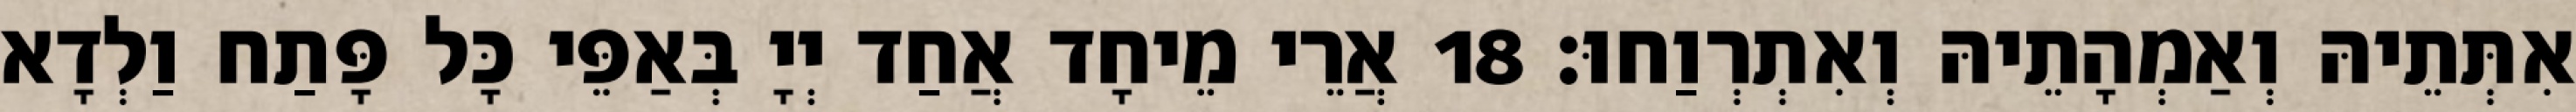
אִתְּתֵיהּ וְאַמְהָתֵיהּ וְאִתְרְוַחוּ׃ 18 אֲרֵי מֵיחָד אֲחַד יְיָ בְּאַפֵּי כָּל פָּתַח וַלְדָא